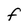
Character: F